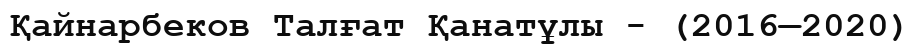
Қайнарбеков Талғат Қанатұлы - (2016—2020)